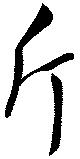
斤